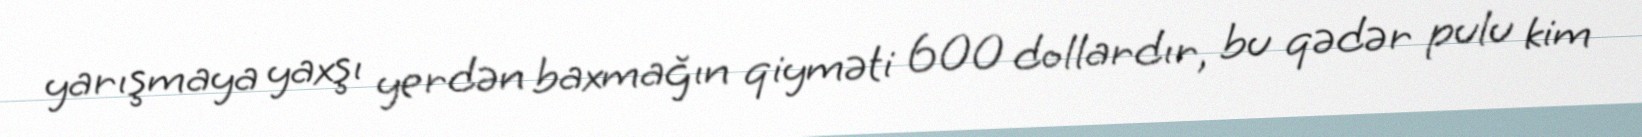
yarışmaya yaxşı yerdən baxmağın qiyməti 600 dollardır, bu qədər pulu kim